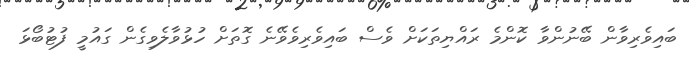
ބައިވެރިވާން ބޭނުންވާ ކޮންމެ ރައްޔިތަކަށް ވެސް ބައިވެރިވެވޭނެ ގޮތަށް ހުޅުވާލެވިގެން ގައުމީ ފުޓުބޯޅަ